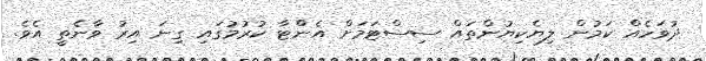
ދުވަހެއް ކަމުން ލިޔެކިޔުންތައް ސިސްޓަމަށް އެންްޓާ ކުރުމުގައި ގިނަ އިރު ވާނެތީ އެވެ.